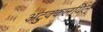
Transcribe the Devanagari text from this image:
अटुक्कलयिल्